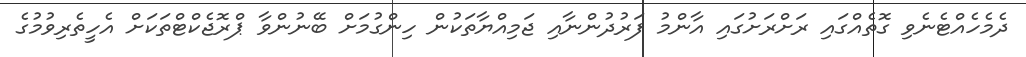
ދެމެހެއްޓެނެވި ގޮތެއްގައި ރަށްރަށުގައި އާންމު ފަރުދުންނާއި ޖަމިއްޔާތަކުން ހިންގުމަށް ބޭނުންވާ ޕްރޮޖެކްޓްތަކަށް އެހީތެރިވުމުގެ